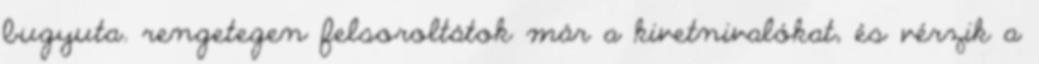
bugyuta. rengetegen felsoroltátok már a kivetnivalókat, és vérzik a